Indian journal of veterinary science and animal husbandry - Volume 4,
Year: 1934
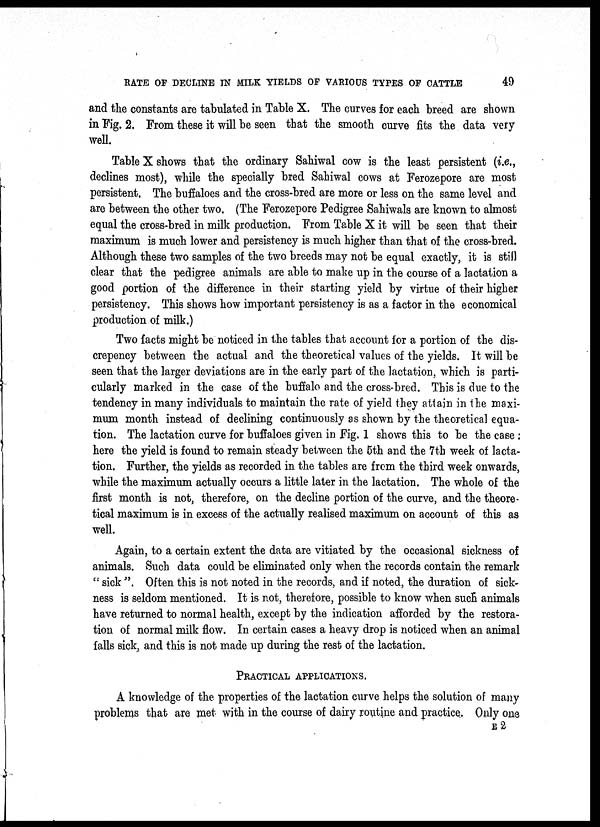
RATE OF DECLINE IN MILK YIELDS OF VARIOUS TYPES OF CATTLE
49
and the constants are tabulated in Table X. The curves for each breed are shown
in Fig. 2. From these it will be seen that the smooth curve fits the data very
well.
Table X shows that the ordinary Sahiwal cow is the least persistent (i.e.,
declines most), while the specially bred Sahiwal cows at Ferozepore are most
persistent. The buffaloes and the cross-bred are more or less on the same level and
are between the other two. (The Ferozepore Pedigree Sahiwals are known to almost
equal the cross-bred in milk production. From Table X it will be seen that their
maximum is much lower and persistency is much higher than that of the cross-bred.
Although these two samples of the two breeds may not be equal exactly, it is still
clear that the pedigree animals are able to make up in the course of a lactation a
good portion of the difference in their starting yield by virtue of their higher
persistency. This shows how important persistency is as a factor in the economical
production of milk.)
Two facts might be noticed in the tables that account for a portion of the dis¬
crepency between the actual and the theoretical values of the yields. It will be
seen that the larger deviations are in the early part of the lactation, which is parti-
cularly marked in the case of the buffalo and the cross-bred. This is due to the
tendency in many individuals to maintain the rate of yield they attain in the maxi-
mum month instead of declining continuously as shown by the theoretical equa-
tion. The lactation curve for buffaloes given in Fig. 1 shows this to be the case :
here the yield is found to remain steady between the 5th and the 7th week of lacta-
tion. Further, the yields as recorded in the tables are from the third week onwards,
while the maximum actually occurs a little later in the lactation. The whole of the
first month is not, therefore, on the decline portion of the curve, and the theore-
tical maximum is in excess of the actually realised maximum on account of this as
well.
Again, to a certain extent the data are vitiated by the occasional sickness of
animals. Such data could be eliminated only when the records contain the remark
" sick ". Often this is not noted in the records, and if noted, the duration of sick-
ness is seldom mentioned. It is not, therefore, possible to know when such animals
have returned to normal health, except by the indication afforded by the restora-
tion of normal milk flow. In certain cases a heavy drop is noticed when an animal
falls sick, and this is not made up during the rest of the lactation.
PRACTICAL APPLICATIONS.
A knowledge of the properties of the lactation curve helps the solution of many
problems that are met with in the course of dairy routine and practice. Only one
E 2